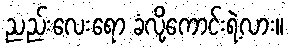
ညည်းလေးရော ခံလို့ကောင်းရဲ့လား။